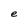
Character: e